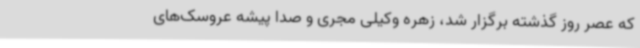
‌که عصر روز گذشته برگزار شد، زهره وکیلی مجری و صدا پیشه‌ عروسک‌های